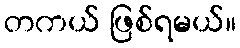
တကယ် ဖြစ်ရမယ်။